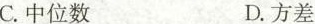
()A.平均数 B.众数